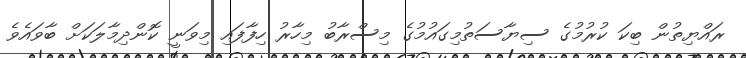
ރައްޔިތުން ބިކަ ކުރުމުގެ ސިޔާސަތުމިގައުމުގެ މިސްރާބު މިހާރު ހިފާފައި މިވަނީ ކޮންދިމާލަކަށް ބާވައެވެ